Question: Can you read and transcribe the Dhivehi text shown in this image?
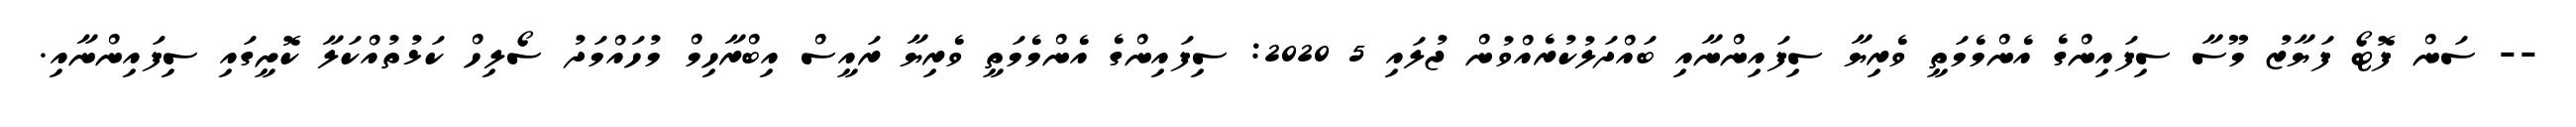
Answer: -- ސަން ފޮޓޯ ފަޔާޒު މޫސާ ސިފައިންގެ އެންމެމަތީ ވެރިޔާ ސިފައިންނާއި ބައްދަލުކުރެއްވުން ޖުލައި 5 2020: ސިފައިންގެ އެންމެމަތީ ވެރިޔާ ރައީސް އިބްރާހިމް މުހައްމަދު ސޯލިހް ކަޅުތުއްކަލާ ކޮށީގައި ސިފައިންނާއި.